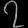
Digit: ၇